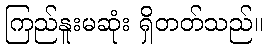
ကြည်နူးမဆုံး ရှိတတ်သည်။